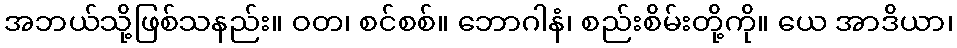
အဘယ်သို့ဖြစ်သနည်း။ ဝတ၊ စင်စစ်။ ဘောဂါနံ၊ စည်းစိမ်းတို့ကို။ ယေ အာဒိယာ၊